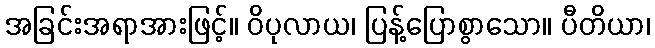
အခြင်းအရာအားဖြင့်။ ဝိပုလာယ၊ ပြန့်ပြောစွာသော။ ပီတိယာ၊